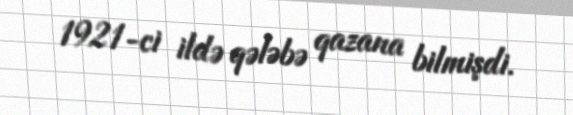
1921-ci ildə qələbə qazana bilmişdi.